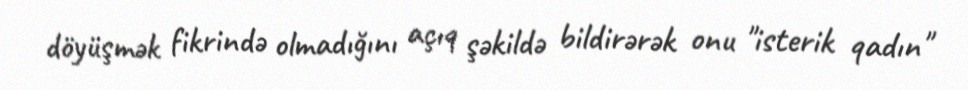
döyüşmək fikrində olmadığını açıq şəkildə bildirərək onu "isterik qadın"